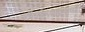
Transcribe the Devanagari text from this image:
नीलोत्पलश्यामं